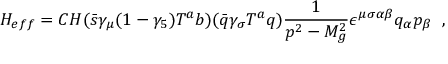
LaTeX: H _ { e f f } = C H ( \bar { s } \gamma _ { \mu } ( 1 - \gamma _ { 5 } ) T ^ { a } b ) ( \bar { q } \gamma _ { \sigma } T ^ { a } q ) \frac { 1 } { p ^ { 2 } - M _ { g } ^ { 2 } } \epsilon ^ { \mu \sigma \alpha \beta } q _ { \alpha } p _ { \beta } \; \; ,